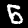
Digit: 6